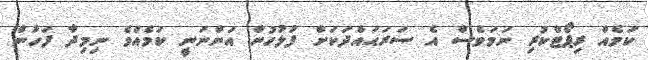
ކަމެއް ރިޕޯޓްކުރި ނަމަވެސް އެ ސަރަޙައްދަކަށް ފުލުހުން އަންނަނީ ކަމެއްވެ ނިމިދާ ފަހުން